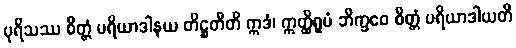
ပုရိသဿ စိတ္တံ ပရိယာဒါနယ တိဋ္ဌတီတိ ဣဒံ၊ ဣတ္ထိရူပံ ဘိက္ခဝေ စိတ္တံ ပရိယာဒါယတိ